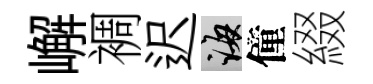
嶰裯迟誨僮綴